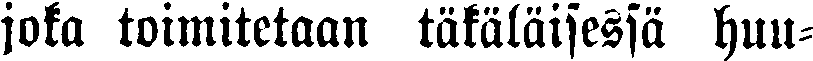
joka toimitetaan täkäläisessä huu-